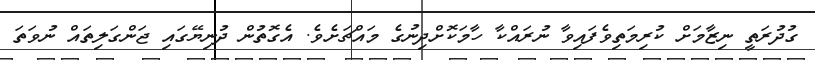
ގުދުރަތީ ނިޒާމަށް ކުރިމަތިވެފައިވާ ނުރައްކާ ހާމަކޮށްދިނުގެ މައްޗަށެވެ. އެގޮތުން ދުނިޔޭގައި ޖަންގަލިތައް ނުވަތަ